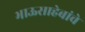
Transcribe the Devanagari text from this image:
भाऊसाहेबांचे